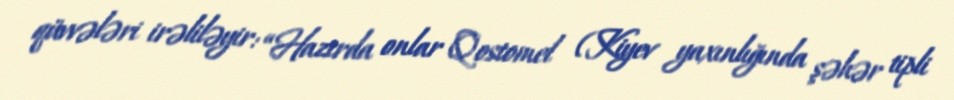
qüvvələri irəliləyir: “Hazırda onlar Qostomel (Kiyev yaxınlığında şəhər tipli